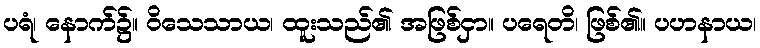
ပရံ၊ နောက်၌။ ဝိသေသာယ၊ ထူးသည်၏ အဖြစ်ငှာ။ ပရေတိ၊ ဖြစ်၏။ ပဟနာယ၊